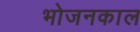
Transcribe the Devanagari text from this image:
भोजनकाल